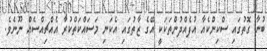
ބުނާ ގޮތުގައި ސްކިންކެއާ އުފެއްދުންތަކަކީ އޭގެ ޒާތުގައި އެކަނި މަސައްކަތްކުރާ އެއްޗިއްސެއް ނޫނެވެ.